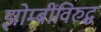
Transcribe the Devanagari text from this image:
झोम्बींविरुद्ध